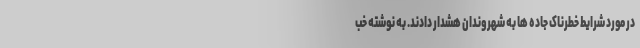
در مورد شرایط خطرناک جاده ها به شهروندان هشدار دادند. به نوشته خب